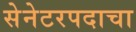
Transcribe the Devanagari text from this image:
सेनेटरपदाचा